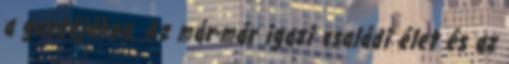
a gazdájához. Az már-már igazi családi élet és az